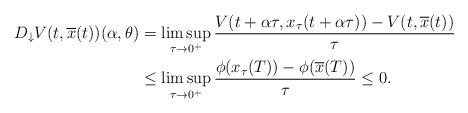
LaTeX: \begin{align*}D_{\downarrow} V(t,\overline{x}(t))(\alpha,\theta)&=\limsup_{\tau \rightarrow 0^+} \frac{V(t+\alpha \tau,x_{\tau}(t+\alpha \tau))-V(t,\overline{x}(t))}{\tau}\\&\leq \limsup_{\tau\rightarrow 0^+} \frac{\phi(x_{\tau}(T)) - \phi(\overline{x}(T))}{\tau}\leq 0.\end{align*}